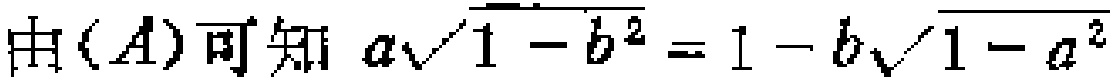
由\((A)\)可知 \(a\sqrt{1 - b^{2}} = 1 - b\sqrt{1 - a^{2}}\)